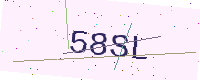
Text: 58SL